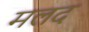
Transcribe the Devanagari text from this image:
मलद